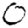
Digit: 0